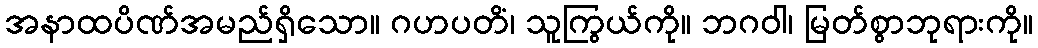
အနာထပိဏ်အမည်ရှိသော။ ဂဟပတိံ၊ သူကြွယ်ကို။ ဘဂဝါ၊ မြတ်စွာဘုရားကို။